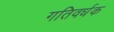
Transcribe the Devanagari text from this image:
गतिवर्धक